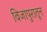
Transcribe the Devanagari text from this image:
विजापुरातून